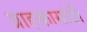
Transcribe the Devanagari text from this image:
ग्राहकासांठी